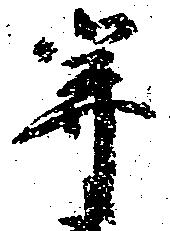
寄